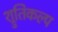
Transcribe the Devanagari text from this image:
श्रुतिकल्प